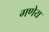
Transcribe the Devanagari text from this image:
गणेय